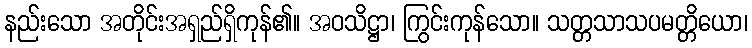
နည်းသော အတိုင်းအရှည်ရှိကုန်၏။ အဝသိဋ္ဌာ၊ ကြွင်းကုန်သော။ သတ္တသာသပမတ္တိယော၊